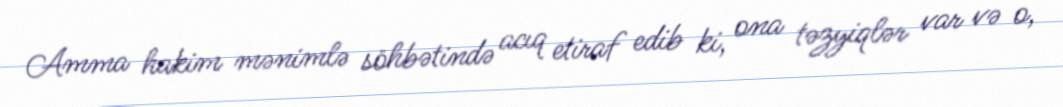
Amma hakim mənimlə söhbətində acıq etiraf edib ki, ona təzyiqlər var və o,